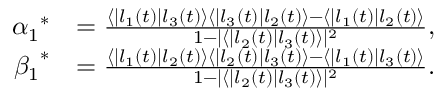
\begin{array} { r l } { { \alpha _ { 1 } } ^ { \ast } } & { = \frac { \langle | l _ { 1 } ( t ) | l _ { 3 } ( t ) \rangle \langle | l _ { 3 } ( t ) | l _ { 2 } ( t ) \rangle - \langle | l _ { 1 } ( t ) | l _ { 2 } ( t ) \rangle } { 1 - | \langle | l _ { 2 } ( t ) | l _ { 3 } ( t ) \rangle | ^ { 2 } } , } \\ { { \beta _ { 1 } } ^ { \ast } } & { = \frac { \langle | l _ { 1 } ( t ) | l _ { 2 } ( t ) \rangle \langle | l _ { 2 } ( t ) | l _ { 3 } ( t ) \rangle - \langle | l _ { 1 } ( t ) | l _ { 3 } ( t ) \rangle } { 1 - | \langle | l _ { 2 } ( t ) | l _ { 3 } ( t ) \rangle | ^ { 2 } } . } \end{array}